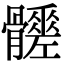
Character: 𩪳